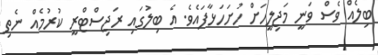
ބިލެއް ވެސް ވަނީ މަޖިލީހަށް ހުށަހަޅާފައެވެ. އެ ބިލުގައި ރަޖިސްޓްރީ ކުރުމެއް ނެތި